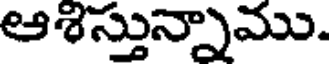
ఆశిస్తున్నాము.